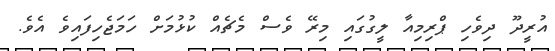
އުރީދޫ ދިވެހި ޕްރިމިއާ ލީގުގައި މިރޭ ވެސް މެޗެއް ކުޅުމަށް ހަމަޖެހިފައިވެ އެވެ.